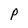
Character: P